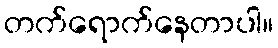
တက်ရောက်နေတာပါ။